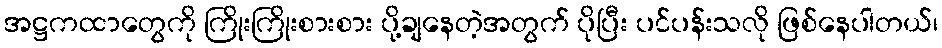
အဋ္ဌကထာတွေကို ကြိုးကြိုးစားစား ပို့ချနေတဲ့အတွက် ပိုပြီး ပင်ပန်းသလို ဖြစ်နေပါတယ်၊